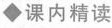
◆课内精读